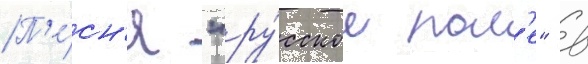
П'е́сн'я "ру́сское пол'е" в